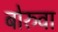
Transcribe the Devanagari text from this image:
बोरुवा